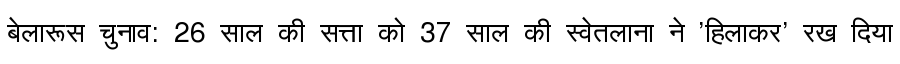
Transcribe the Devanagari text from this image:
बेलारूस चुनाव: 26 साल की सत्ता को 37 साल की स्वेतलाना ने 'हिलाकर' रख दिया